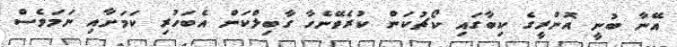
އޭނާ ބުނީ އޮންރީގެ ކިބާގައި ކޯޗުކަން ކުރެވޭނެހާ ގާބިލްކަން އެބަހުރި ކަމަށާއި ނަމަވެސް